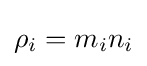
\rho _{i}=m_{i}n_{i}